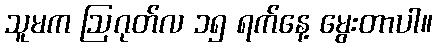
သူမက ဩဂုတ်လ ၁၅ ရက်နေ့ မွေးတာပါ။